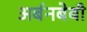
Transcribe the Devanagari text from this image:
अर्बनबेबी